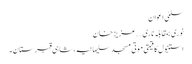
سلمیٰ اعوان
نوری بمقابلہ ناری….عزیز خان
استنبول کا قیمتی موتی مسجد سلیمانیہ ، شاہی قبرستان۔